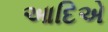
આદિએ